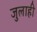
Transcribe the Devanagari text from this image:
जुलाही